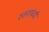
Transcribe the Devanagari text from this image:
रतनफंदी